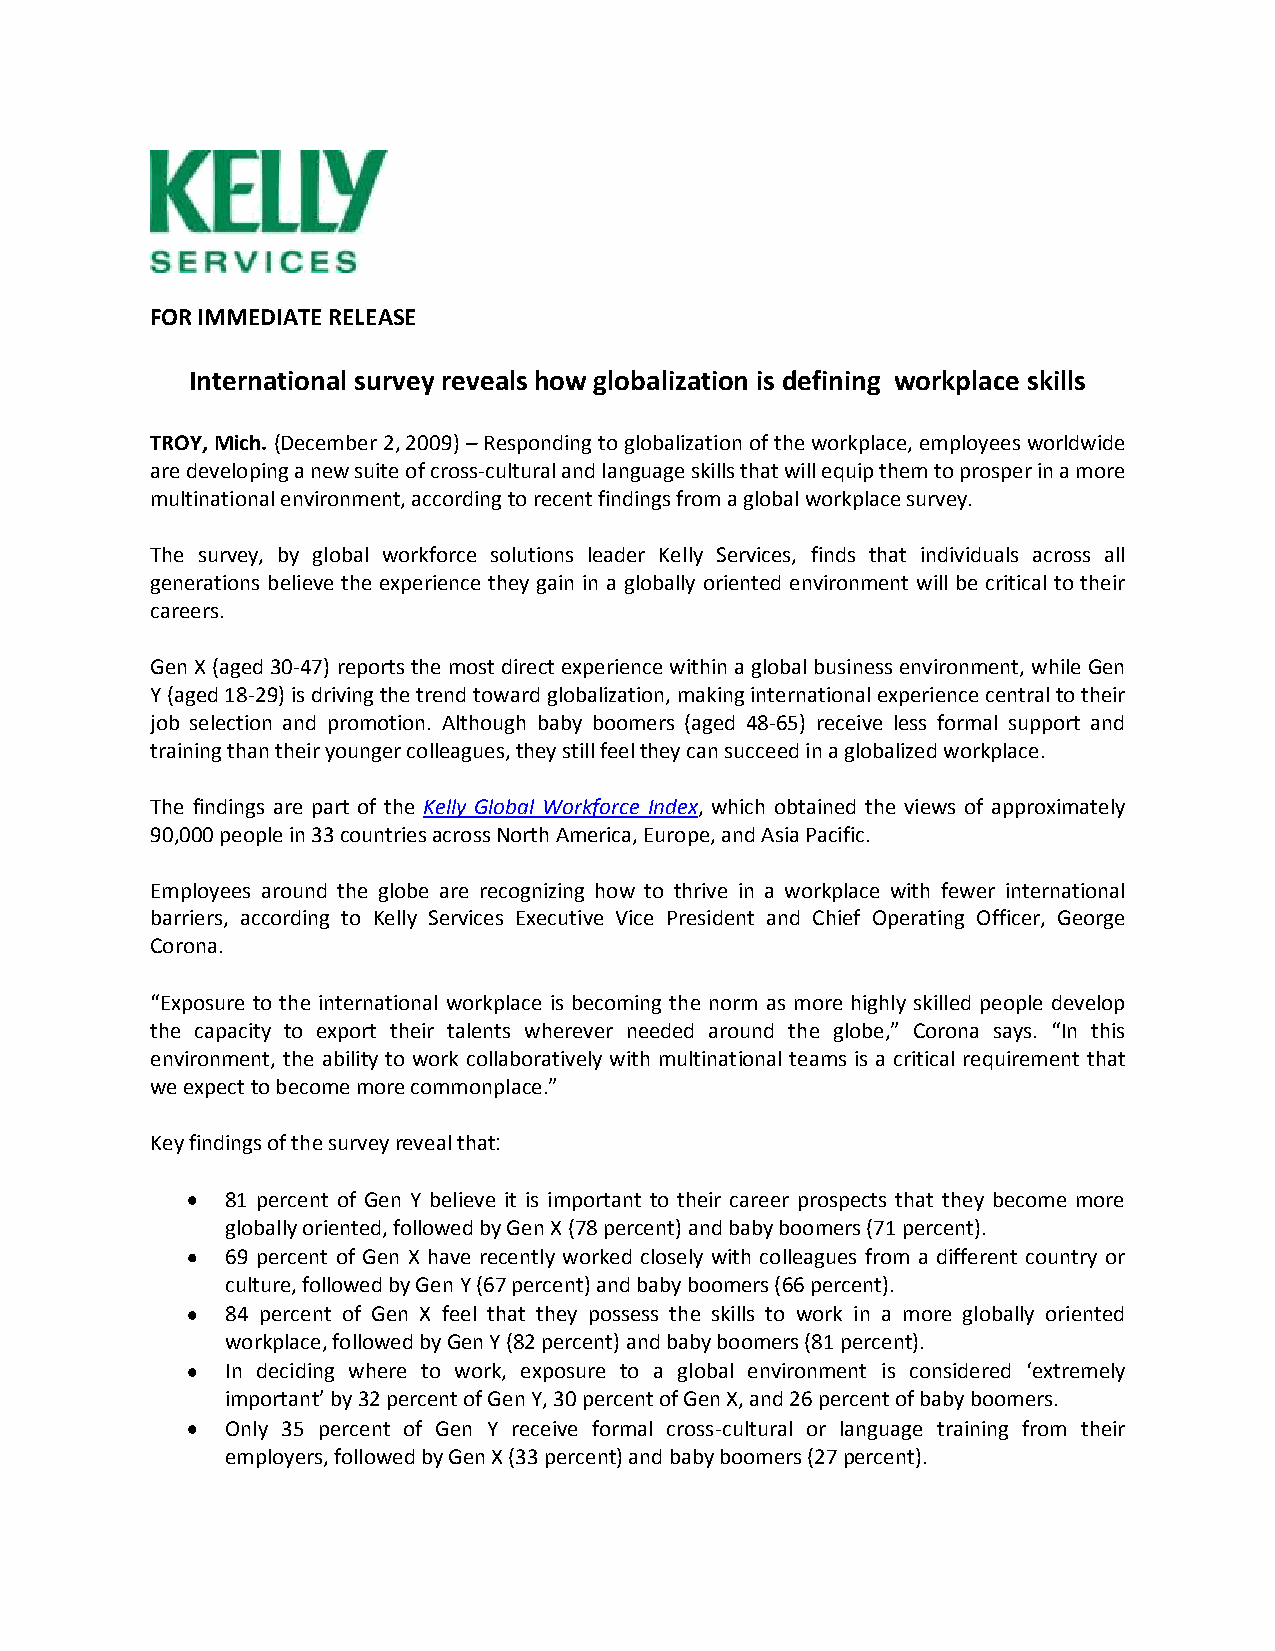
FOR IMMEDIATE RELEASE
 International survey reveals how globalization is defining workplace skills
 TROY, Mich. (December 2, 2009) – Responding to globalization of the workplace, employees worldwide
 are developing a new suite of cross-cultural and language skills that will equip them to prosper in a more
 multinational environment, according to recent findings from a global workplace survey.
 The survey, by global workforce solutions leader Kelly Services, finds that individuals across all
 generations believe the experience they gain in a globally oriented environment will be critical to their
 careers.
 Gen X (aged 30-47) reports the most direct experience within a global business environment, while Gen
 Y (aged 18-29) is driving the trend toward globalization, making international experience central to their
 job selection and promotion. Although baby boomers (aged 48-65) receive less formal support and
 training than their younger colleagues, they still feel they can succeed in a globalized workplace.
 The findings are part of the Kelly Global Workforce Index, which obtained the views of approximately
 90,000 people in 33 countries across North America, Europe, and Asia Pacific.
 Employees around the globe are recognizing how to thrive in a workplace with fewer international
 barriers, according to Kelly Services Executive Vice President and Chief Operating Officer, George
 Corona.
 “Exposure to the international workplace is becoming the norm as more highly skilled people develop
 the capacity to export their talents wherever needed around the globe,” Corona says. “In this
 environment, the ability to work collaboratively with multinational teams is a critical requirement that
 we expect to become more commonplace.”
 Key findings of the survey reveal that:
 81 percent of Gen Y believe it is important to their career prospects that they become more
 globally oriented, followed by Gen X (78 percent) and baby boomers (71 percent).
 69 percent of Gen X have recently worked closely with colleagues from a different country or
 culture, followed by Gen Y (67 percent) and baby boomers (66 percent).
 84 percent of Gen X feel that they possess the skills to work in a more globally oriented
 workplace, followed by Gen Y (82 percent) and baby boomers (81 percent).
 In deciding where to work, exposure to a global environment is considered ‘extremely
 important’ by 32 percent of Gen Y, 30 percent of Gen X, and 26 percent of baby boomers.
 Only 35 percent of Gen Y receive formal cross-cultural or language training from their
 employers, followed by Gen X (33 percent) and baby boomers (27 percent).